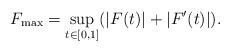
LaTeX: \begin{align*} F_{\max}=\sup_{t\in [0,1]} ( |F(t)|+|F'(t)|).\end{align*}